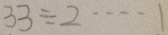
3 3 \div 2 \cdots 1